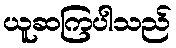
ယူဆကြပါသည်